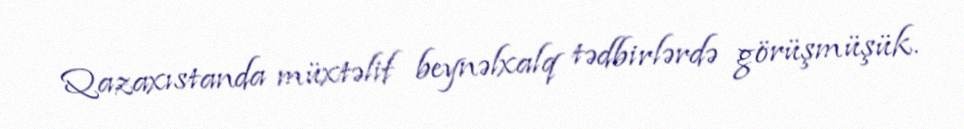
Qazaxıstanda müxtəlif beynəlxalq tədbirlərdə görüşmüşük.